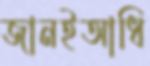
জানইআধি